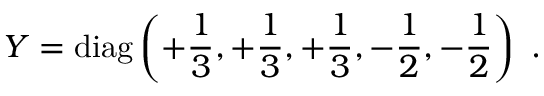
Y = \mathrm { d i a g } \left( + { \frac { 1 } { 3 } } , + { \frac { 1 } { 3 } } , + { \frac { 1 } { 3 } } , - { \frac { 1 } { 2 } } , - { \frac { 1 } { 2 } } \right) \ .